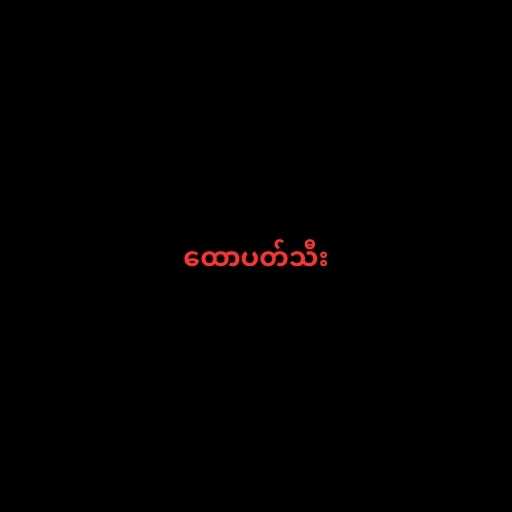
ထောပတ်သီး